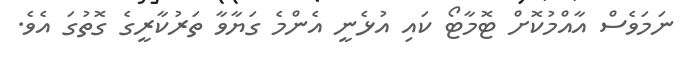
ނަމަވެސް އާއްމުކޮށް ޓޮމާޓޯ ކައި އުޅެނީ އެންމެ ގަޔާވާ ތަރުކާރީގެ ގޮތުގަ އެވެ.